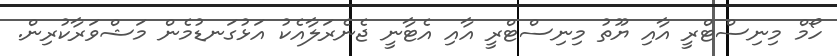
ހޯމް މިނިސްޓްރީ އާއި ޔޫތު މިނިސްޓްރީ އާއި އެޓާނީ ޖެނެރަލާއެކު އަޅުގަނޑުމެން މަޝްވަރާކުރިން.